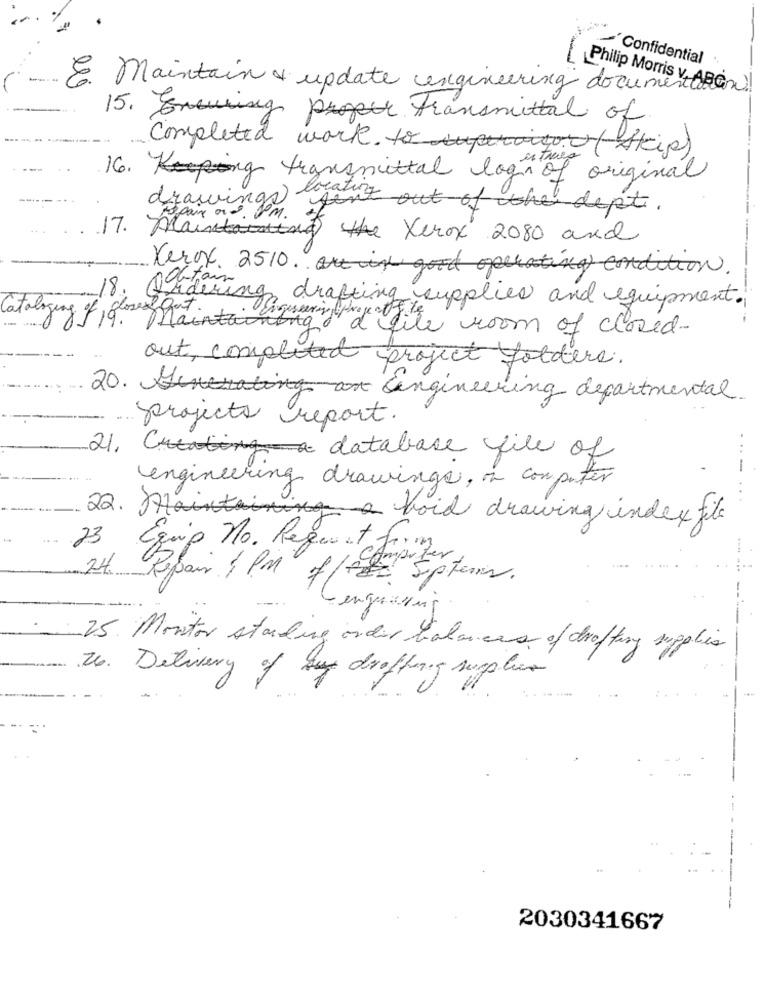
·Confidential
E Maintain & update engineering documenti
Philip Morris v, ABC!
15. Enewing project transmittal of
completed work. to(skip)
16. King transmittal login of original
drawings locating
pair ad on sent out of the dept.
17. Maintaining the Xerox 2080 and
Xerox. 2510. goodoperating condition.
18. 6
Adering drafting supplies and equipment.
Cataloging of closeof gut.
Maintaining
. Screening of File room of closed-
out, completed project foldere.
20. an engineering departmental.
projects report.
21. database file of
engineering drawings, on computer
22. Maintaining a fait drawing index file
23
Equip No. Request form
Importer
24
Repair 1 PM f/- Septem.
25 Monitor standing order balances of drafting supplies
26. Delivery of buy drafting supplies
2030341667